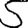
Digit: 5